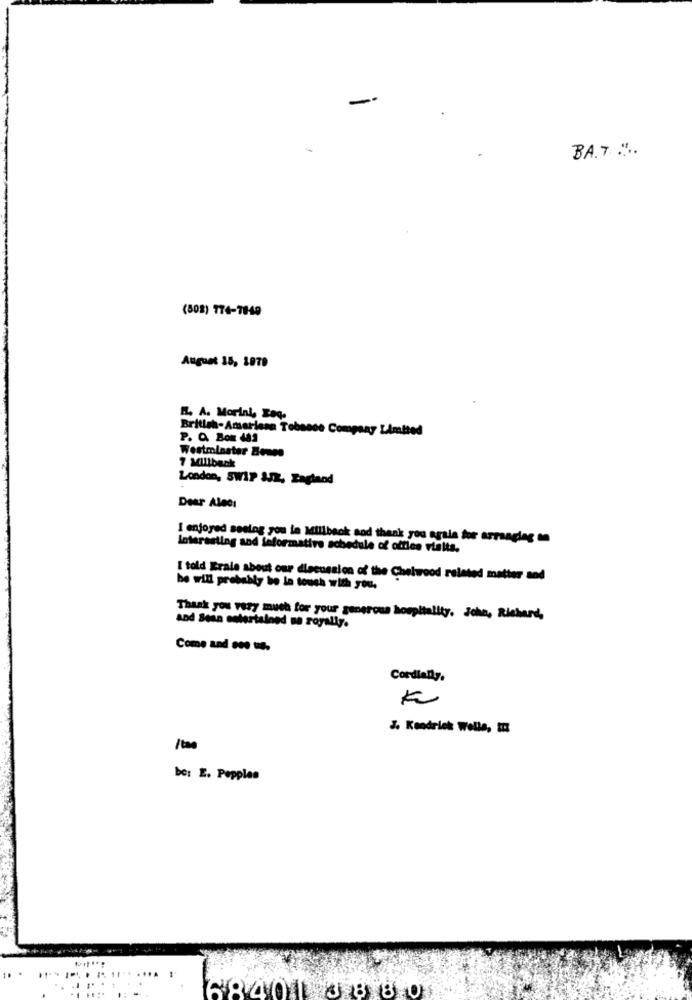
-
BA.T .....
(508) 774-7849
August 15, 1979
H. A. Morini, Eoq.
British-Amarlesa Tobanco Company Limited
P. O. Bon 401
Westminster Bemes
7 Millback
London, SWIP JJK, England
Dear Alecs
I enjoyed seeing you in Millback sod thank you agala for arranging mn
Interesting and loformative schedule of office visita.
I told Erale about our dlecussion of the Chelwood related matter and
be will probably be la touch with you.
Thank you very much for your generous hospitality. John, Richard,
and Sein entertained ne royally.
Come and .os e.
Cordially.
K
J. Kendrick Wells,
/tao
be: E. Pepples
684011 3 8 8 01